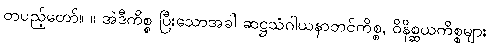
တပည့်တော်။ ။ အဲဒီကိစ္စ ပြီးသောအခါ ဆဋ္ဌသံဂါယနာတင်ကိစ္စ, ဝိနိစ္ဆယကိစ္စများ